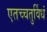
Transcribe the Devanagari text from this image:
एतच्चतुर्विधं